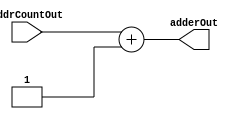
module adder(adderOut, addrCountOut);

output reg [7:0] adderOut;
input wire [7:0] addrCountOut;

assign adderOut = addrCountOut + 1;

endmodule